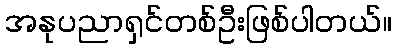
အနုပညာရှင်တစ်ဦးဖြစ်ပါတယ်။